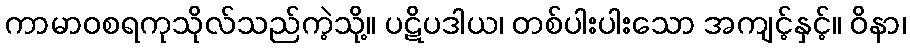
ကာမာဝစရကုသိုလ်သည်ကဲ့သို့။ ပဋိပဒါယ၊ တစ်ပါးပါးသော အကျင့်နှင့်။ ဝိနာ၊